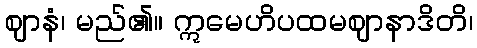
ဈာနံ၊ မည်၏။ ဣမေဟိပထမဈာနာဒိတိ၊